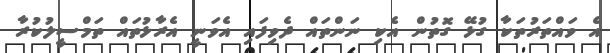
އެ ވައްތަރުތަކާ ގުޅޭ ގޮތުން އެކި ނަންތައް ދެވިފައި އެވަނީ އެރާޅުތައް ތަމްސީލުކުރާ